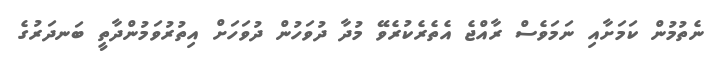
ނެތުމުން ކަމަށާއި ނަމަވެސް ރާއްޖެ އެތެރެކުރެވޭ މުދާ ދުވަހުން ދުވަހަށް އިތުރުވަމުންދާތީ ބަނދަރުގެ